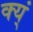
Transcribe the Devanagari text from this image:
क्य्ं